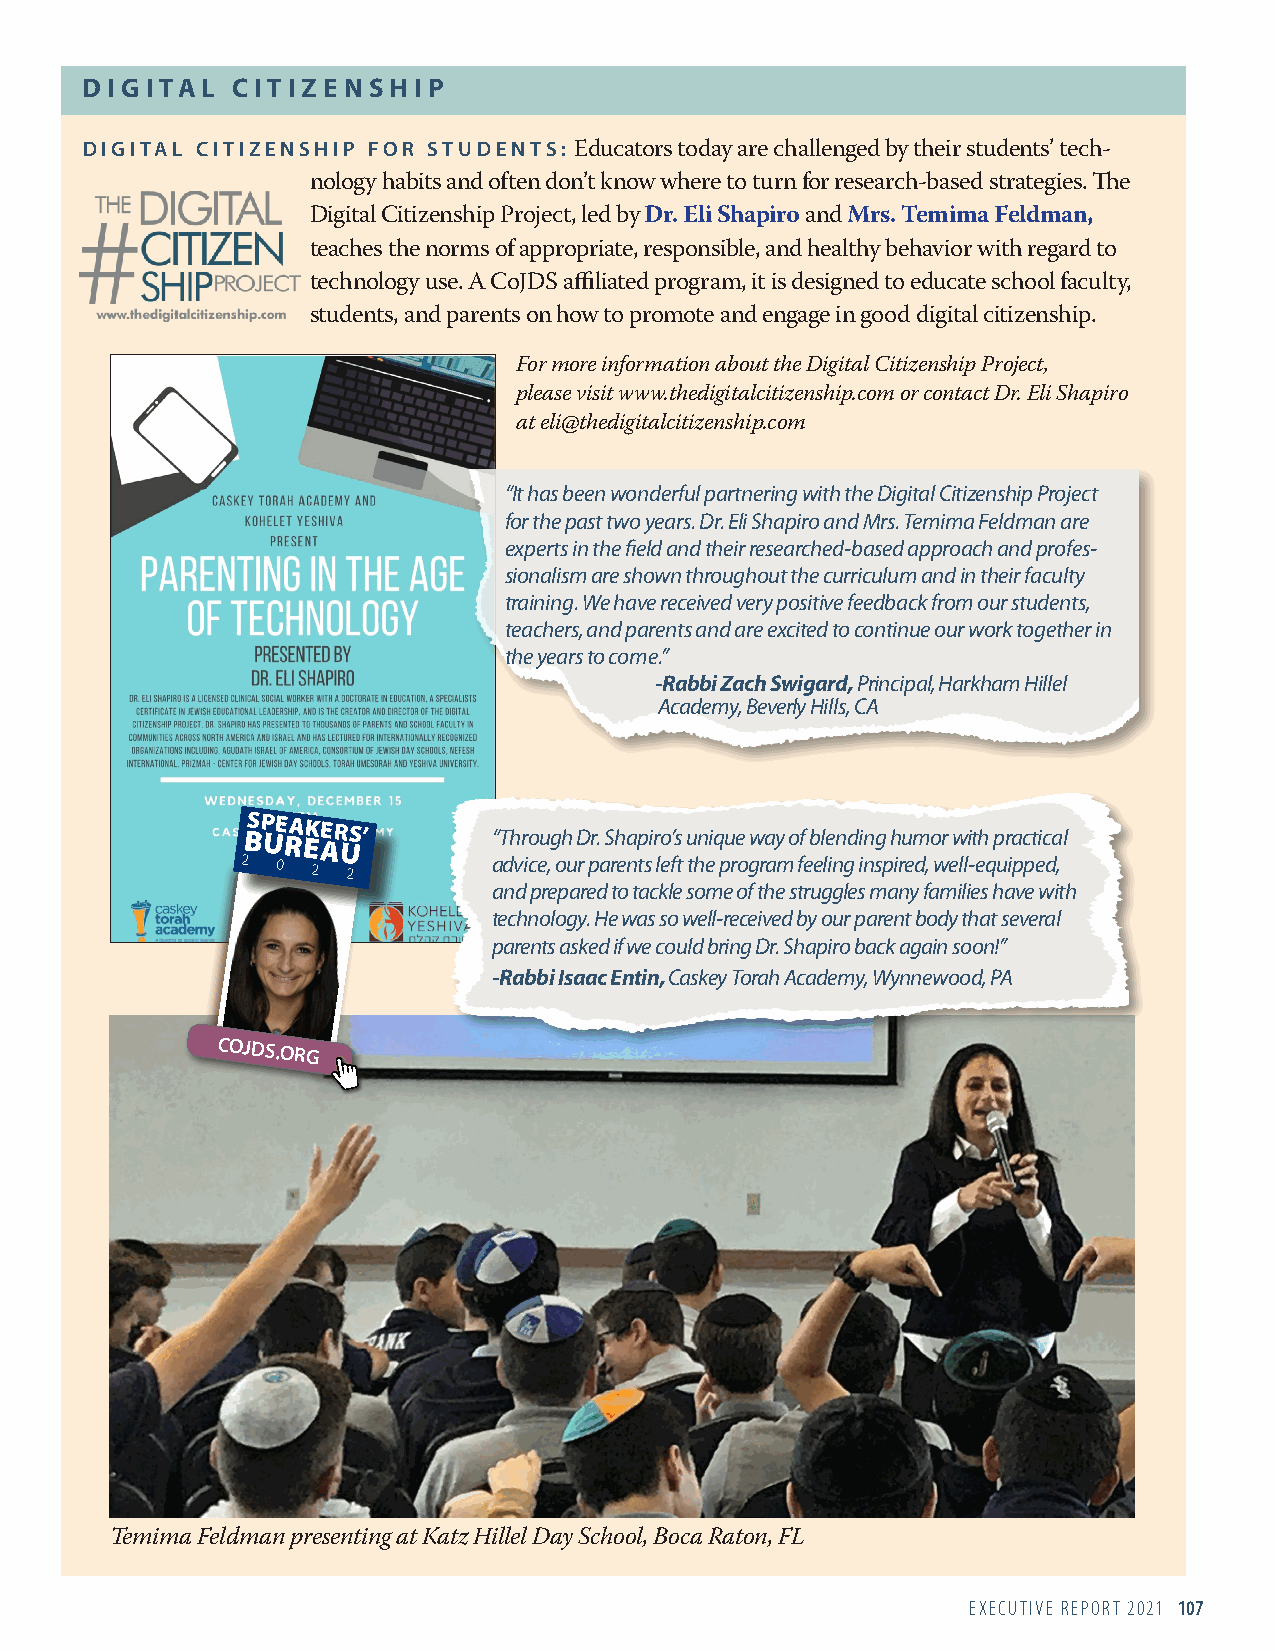
DIGITAL   CITIZENSHIP
 DIGITAL CITIZENSHIP FOR STUDENTS: Educators today are challenged by their students’ tech-
 nology habits and often don’t know where to turn for research-based strategies. The
 Digital Citizenship Project, led by Dr. Eli Shapiro and Mrs. Temima Feldman,
 teaches the norms of appropriate, responsible, and healthy behavior with regard to
 technology use. A CoJDS affiliated program, it is designed to educate school faculty,
 students, and parents on how to promote and engage in good digital citizenship.
 For more information about the Digital Citizenship Project,
 please visit www.thedigitalcitizenship.com or contact Dr. Eli Shapiro
 at eli@thedigitalcitizenship.com
 “It has been wonderful partnering with the Digital Citizenship Project
 for the past two years. Dr. Eli Shapiro and Mrs. Temima Feldman are
 experts in the field and their researched-based approach and profes-
 sionalism are shown throughout the curriculum and in their faculty
 training. We have received very positive feedback from our students,
 teachers, and parents and are excited to continue our work together in
 the years to come.”
 -Rabbi Zach Swigard, Principal, Harkham Hillel
 Academy, Beverly Hills, CA
 BSP UE RA EK AER US’ “Through Dr. Shapiro’s unique way of blending humor with practical
 2 0  2 2         advice, our parents left the program feeling inspired, well-equipped,
 and prepared to tackle some of the struggles many families have with
 technology. He was so well-received by our parent body that several
 parents asked if we could bring Dr. Shapiro back again soon!”
 -Rabbi Isaac Entin, Caskey Torah Academy, Wynnewood, PA
 COJDS.ORG
 Temima Feldman presenting at Katz Hillel Day School, Boca Raton, FL
 EXECUTIVE REPORT 2021 107